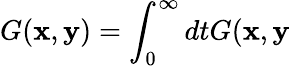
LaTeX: G(\mathbf{x},\mathbf{y})=\int_{0}^{\infty}dtG(\mathbf{x},\mathbf{y}